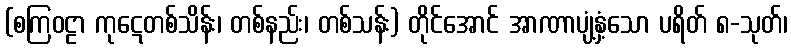
(စကြဝဠာ ကုဋေတစ်သိန်း၊ တစ်နည်း၊ တစ်သန်း) တိုင်အောင် အာဏာပျံ့နှံ့သော ပရိတ် ၈-သုတ်၊